Scientific memoirs by medical officers of the Army of India - Part XI,
Year: 1898
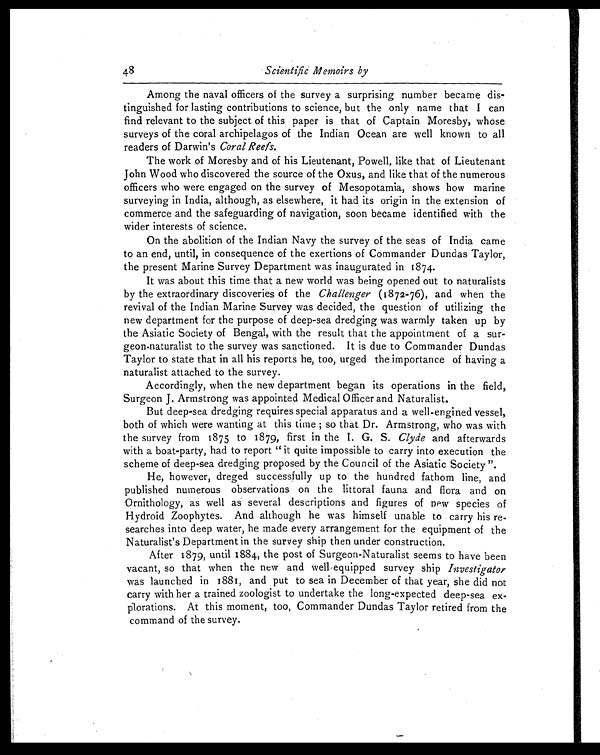
48
ScientificMemoirs by
Among the naval officers of the survey a surprising number became dis-
tinguished for lasting contributions to science, but the only name that I can
find relevant to the subject of this paper is that of Captain Moresby, whose
surveys of the coral archipelagos of the Indian Ocean are well known to all
readers of Darwin's Coral Reefs.
The work of Moresby and of his Lieutenant, Powell, like that of Lieutenant
John Wood who discovered the source of the Oxus, and like that of the numerous
officers who were engaged on the survey of Mesopotamia, shows how marine
surveying in India, although, as elsewhere, it had its origin in the extension of
commerce and the safeguarding of navigation, soon became identified with the
wider interests of science.
On the abolition of the Indian Navy the survey of the seas of India came
to an end, until, in consequence of the exertions of Commander Dundas Taylor,
the present Marine Survey Department was inaugurated in 1874.
It was about this time that a new world was being opened out to naturalists
by the extraordinary discoveries of the Challenger (1872-76), and when the
revival of the Indian Marine Survey was decided, the question of utilizing the
new department for the purpose of deep-sea dredging was warmly taken up by
the Asiatic Society of Bengal, with the result that the appointment of a sur-
geon-naturalist to the survey was sanctioned. It is due to Commander Dundas
Taylor to state that in all his reports he, too, urged the importance of having a
naturalist attached to the survey.
Accordingly, when the new department began its operations in the field,
Surgeon J. Armstrong was appointed Medical Officer and Naturalist.
But deep-sea dredging requires special apparatus and a well-engined vessel,
both of which were wanting at this time; so that Dr. Armstrong, who was with
the survey from 1875 to 1879, first in the I. G. S. Clyde and afterwards
with a boat-party, had to report "it quite impossible to carry into execution the
scheme of deep-sea dredging proposed by the Council of the Asiatic Society".
He, however, dreged successfully up to the hundred fathom line, and
published numerous observations on the littoral fauna and flora and on
Ornithology, as well as several descriptions and figures of new species of
Hydroid Zoophytes. And although he was himself unable to carry his re-
searches into deep water, he made every arrangement for the equipment of the
Naturalist's Department in the survey ship then under construction.
After 1879, until 1884, the post of Surgeon-Naturalist seems to have been
vacant, so that when the new and well-equipped survey ship Investigator
was launched in 1881, and put to sea in December of that year, she did not
carry with her a trained zoologist to undertake the long-expected deep-sea ex-
plorations. At this moment, too, Commander Dundas Taylor retired from the
command of the survey.